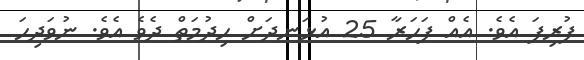
ފުރިފަ އެވެ. އެއް ފަހަރާ 25 އުޅަނދަށް ހިދުމަތް ދެވެ އެވެ. ނުވަދިހަ